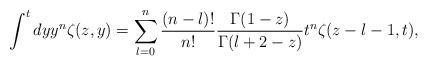
\begin{align*}\int^tdy y^n\zeta(z,y)=\sum^n_{l=0}\frac{(n-l)!}{n!}\frac{\Gamma(1-z)}{\Gamma(l+2-z)}t^n\zeta(z-l-1,t),\end{align*}